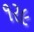
૧ર૯